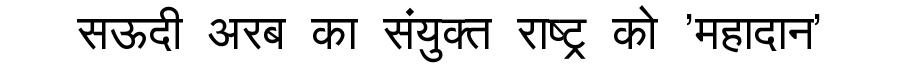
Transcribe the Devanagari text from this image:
सऊदी अरब का संयुक्त राष्ट्र को 'महादान'